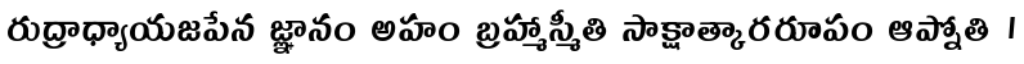
రుద్రాధ్యాయజపేన జ్ఞానం అహం బ్రహ్మాస్మీతి సాక్షాత్కారరూపం ఆప్నోతి ।